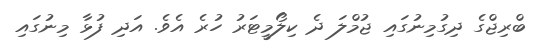
ބްރިޖްގެ ދިގުމިނުގައި ޖުމްލަ ދެ ކިލޯމީޓަރު ހުރެ އެވެ. އަދި ފުޅާ މިނުގައި